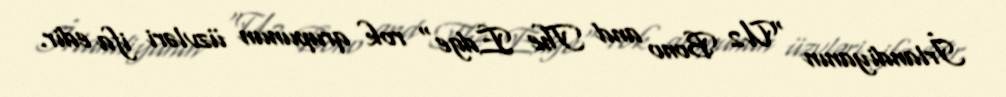
İrlandiyanın "U2 Bono and The Edge" rok qrupunun üzvləri ifa edir.